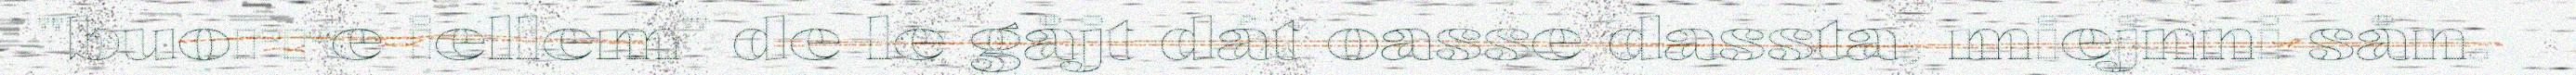
"buorre iellem" de le gåjt dát oasse dassta, miejnni sån.